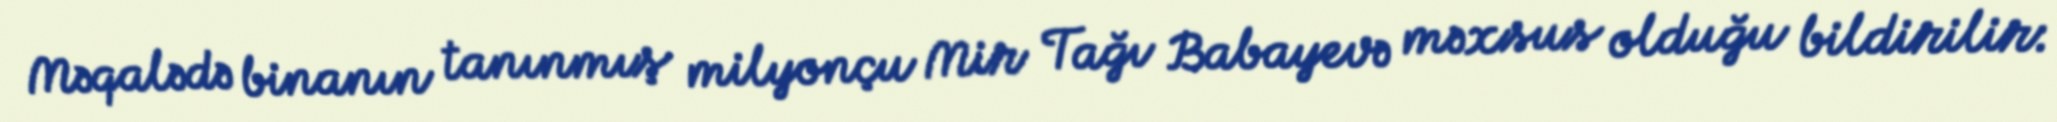
Məqalədə binanın tanınmış milyonçu Mir Tağı Babayevə məxsus olduğu bildirilir: